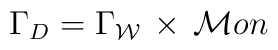
\Gamma_D = \Gamma_{\cal W} \, \times   \, {\cal M}on